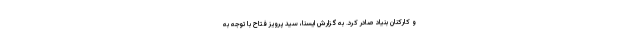
و کارکنان بنیاد صادر کرد. به گزارش ایسنا، سید پرویز فتاح با توجه به